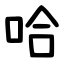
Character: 哈